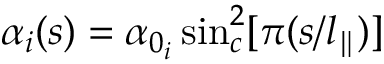
\alpha _ { i } ( s ) = \alpha _ { 0 _ { i } } \sin _ { c } ^ { 2 } [ \pi ( s / l _ { \parallel } ) ]